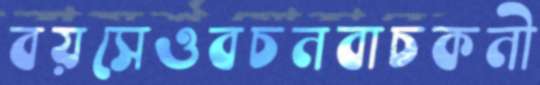
বয়সেওবচনবাচকনী